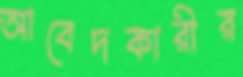
আবেদকারীর